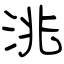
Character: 洮